Plague in India, 1896, 1897 - Volume 1
Year: 1896
Disease focus: Plague
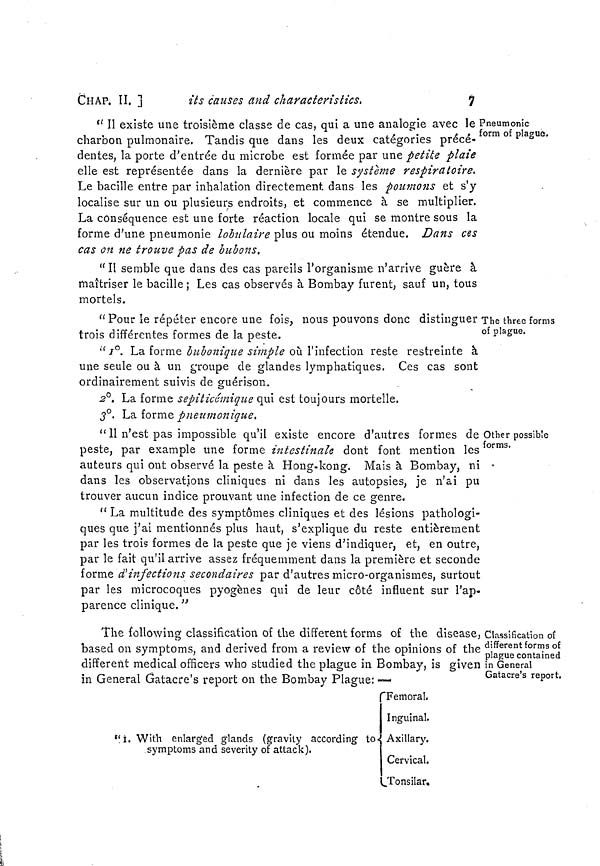
CHAP. II. ]
its causes and characteristics.
1
Pneumonic
form of plague.
" II existe une troisième classe de cas, qui a une analogie avec le
charbon pulmonaire. Tandis que dans les deux catégories précé-
dentes, la porte d'entrée du microbe est formée par une petite plaie
elle est représentée dans la dernière par le système respiratoire.
Le bacille entre par inhalation directement dans les poumons et s'y
localise sur un ou plusieurs endroits, et commence à se multiplier.
La conséquence est une forte réaction locale qui se montre sous la
forme d'une pneumonie labulaire plus ou moins étendue. Dans ces
cas on ne trouve pas de bubons.
" II semble que dans des cas pareils l'organisme n'arrive guère à
maîtriser le bacille ; Les cas observés à Bombay furent, sauf un, tous
mortels.
The three forms
of plague.
" Pour le répéter encore une fois, nous pouvons donc distinguer
trois différentes formes de la peste.
" I°. La forme bubonique simple où l'infection reste restreinte à
une seule ou à un groupe de glandes lymphatiques. Ces cas sont
ordinairement suivis de guérison.
2°. La forme sepiticémique qui est toujours mortelle.
3°. La forme pneumonique.
Other possible
forms.
" II n'est pas impossible qu'il existe encore d'autres formes de
peste, par example une forme intestinale dont font mention les
auteurs qui ont observé la peste à Hong-kong. Mais à Bombay, ni
dans les observations cliniques ni dans les autopsies, je n'ai pu
trouver aucun indice prouvant une infection de ce genre.
" La multitude des symptômes cliniques et des lésions pathologi-
ques que j'ai mentionnés plus haut, s'explique du reste entièrement
par les trois formes de la peste que je viens d'indiquer, et, en outre,
par le fait qu'il arrive assez fréquemment dans la première et seconde
forme d'infections secondaires par d'autres micro-organismes, surtout
par les microcoques pyogènes qui de leur côté influent sur l'ap-
parence clinique. "
Classification of
different forms of
plague contained
in General
Gatacre's report.
The following classification of the different forms of the disease,
based on symptoms, and derived from a review of the opinions of the
different medical officers who studied the plague in Bombay, is given
in General Gatacre's report on the Bombay Plague: —
Femoral.
Inguinal.
" I. With enlarged glands (gravity according to Axillary,
symptoms and severity of attack).
Cervical.
Tonsilar.